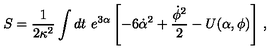
S = \frac { 1 } { 2 \kappa ^ { 2 } } \int { d t \ e ^ { 3 \alpha } \left[ - 6 \dot { \alpha } ^ { 2 } + \frac { \dot { \phi } ^ { 2 } } { 2 } - U ( \alpha , \phi ) \right] } \ ,